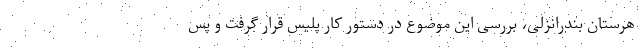
هرستان بندرانزلی، بررسی این موضوع در دستور کار پلیس قرار گرفت و پس